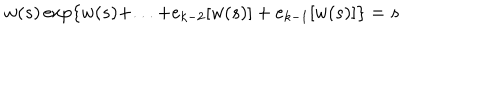
w ( s ) \exp \{ w ( s ) + . . . + e _ { k - 2 } [ w ( s ) ] + e _ { k - 1 } [ w ( s ) ] \} = s